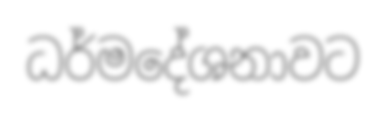
ධර්මදේශනාවට